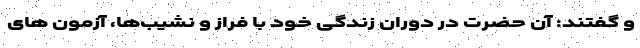
و گفتند: آن حضرت در دوران زندگی خود با فراز و نشیب‌ها، آزمون های